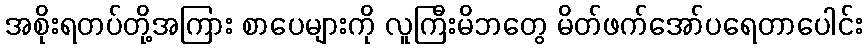
အစိုးရတပ်တို့အကြား စာပေများကို လူကြီးမိဘတွေ မိတ်ဖက်အော်ပရေတာပေါင်း